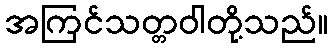
အကြင်သတ္တဝါတို့သည်။